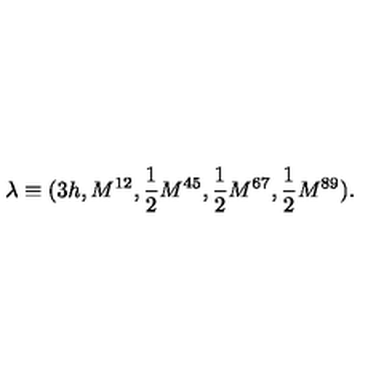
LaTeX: \lambda \equiv ( 3 h , M ^ { 1 2 } , { \frac { 1 } { 2 } } M ^ { 4 5 } , { \frac { 1 } { 2 } } M ^ { 6 7 } , { \frac { 1 } { 2 } } M ^ { 8 9 } ) .